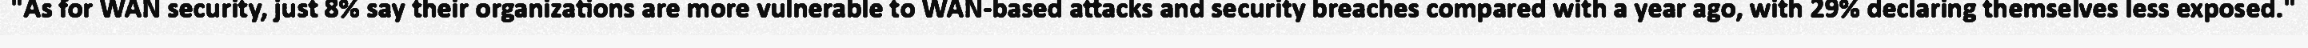
"As for WAN security, just 8% say their organizations are more vulnerable to WAN-based attacks and security breaches compared with a year ago, with 29% declaring themselves less exposed."